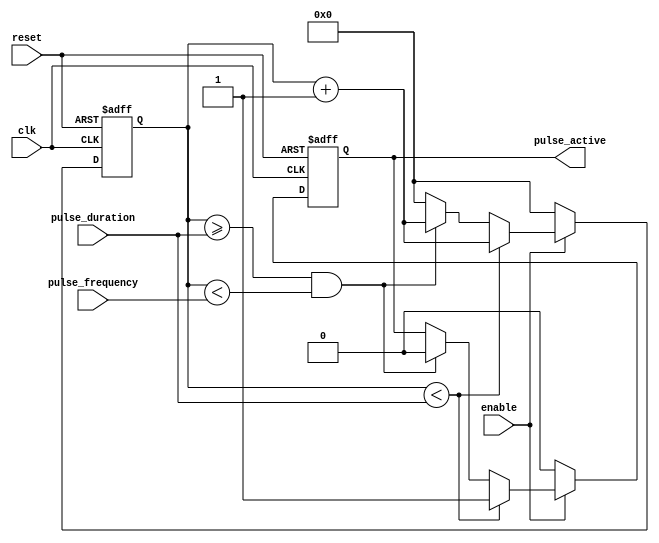
module SimplePulseGenerator(
    input wire clk,
    input wire reset,
    input wire enable,
    input wire [15:0] pulse_duration,
    input wire [15:0] pulse_frequency,
    output reg pulse_active
);

reg [15:0] counter;
reg pulse_trigger;

always @(posedge clk or posedge reset) begin
    if (reset) begin
        counter <= 16'd0;
        pulse_trigger <= 1'b0;
        pulse_active <= 1'b0;
    end else begin
        if (enable) begin
            if (counter < pulse_duration) begin
                pulse_active <= 1'b1;
                counter <= counter + 1;
            end else if (counter >= pulse_duration && counter < pulse_frequency) begin
                pulse_active <= 1'b0;
                counter <= counter + 1;
            end else begin
                counter <= 16'd0;
            end
        end else begin
            pulse_active <= 1'b0;
            counter <= 16'd0;
        end
    end
end

endmodule